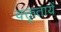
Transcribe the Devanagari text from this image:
वक्तृतायें